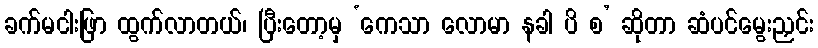
ခက်မငါးဖြာ ထွက်လာတယ်၊ ပြီးတော့မှ ‘ကေသာ လောမာ နခါ ပိ စ’ ဆိုတာ ဆံပင်မွေးညှင်း